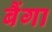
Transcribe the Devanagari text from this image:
बैंगा